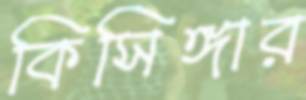
কিসিঙ্গার